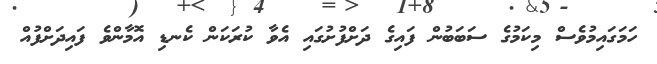
ހަމަގައިމުވެސް މިކަމުގެ ސަބަބުން ފައިގެ ދަށްފުށުގައި އެވާ ކުރަކަން ކެނޑި އޮމާންވެ ފައިދަށްފުއް